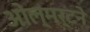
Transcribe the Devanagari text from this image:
ओल्मर्टने